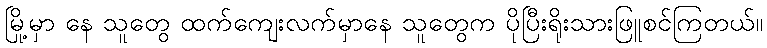
မြို့မှာ နေ သူတွေ ထက်ကျေးလက်မှာနေ သူတွေက ပိုပြီးရိုးသားဖြူစင်ကြတယ်။